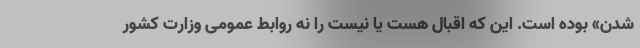
شدن» بوده است. این که اقبال هست یا نیست را نه روابط عمومی وزارت کشور